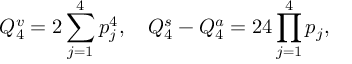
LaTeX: Q _ { 4 } ^ { v } = 2 \sum _ { j = 1 } ^ { 4 } p _ { j } ^ { 4 } , \quad Q _ { 4 } ^ { s } - Q _ { 4 } ^ { a } = 2 4 \prod _ { j = 1 } ^ { 4 } p _ { j } ,